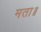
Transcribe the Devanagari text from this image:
मता॥